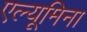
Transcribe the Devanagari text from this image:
एल्यूमिना